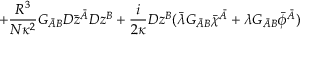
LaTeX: + \frac { R ^ { 3 } } { N \kappa ^ { 2 } } G _ { \bar { A } B } D \bar { z } ^ { \bar { A } } D z ^ { B } + \frac { i } { 2 \kappa } D z ^ { B } ( \bar { \lambda } G _ { \bar { A } B } \bar { \chi } ^ { \bar { A } } + \lambda G _ { \bar { A } B } \bar { \phi } ^ { \bar { A } } )